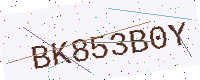
Text: BK853B0Y